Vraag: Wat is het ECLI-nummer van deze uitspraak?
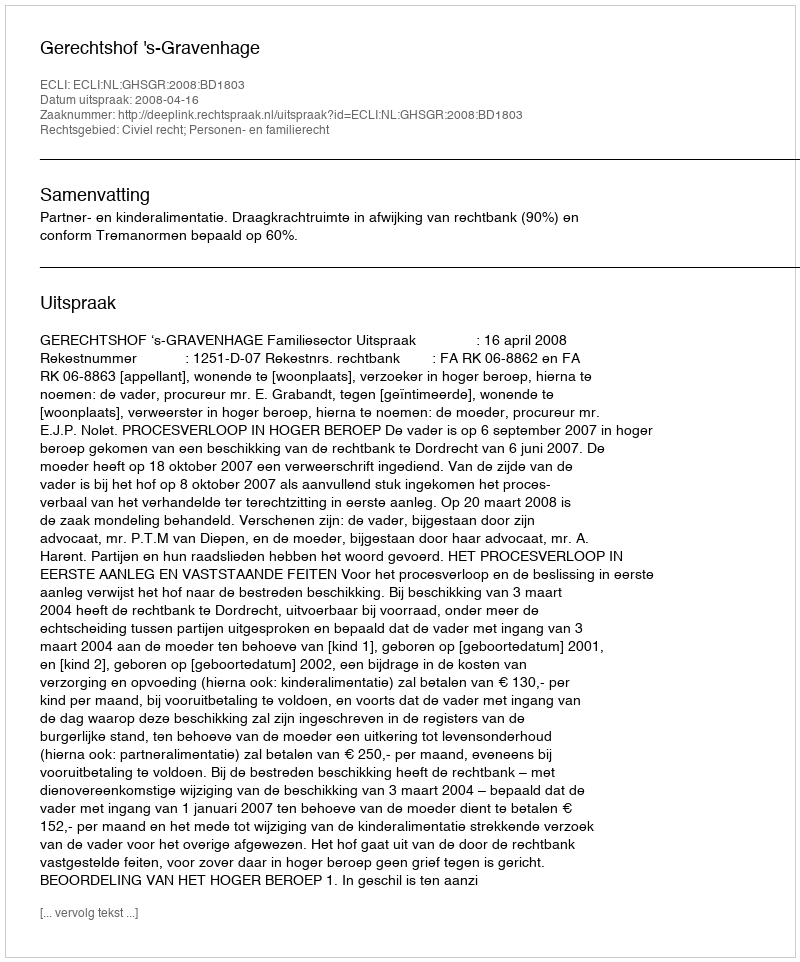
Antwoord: ECLI:NL:GHSGR:2008:BD1803